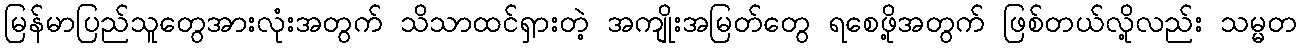
မြန်မာပြည်သူတွေအားလုံးအတွက် သိသာထင်ရှားတဲ့ အကျိုးအမြတ်တွေ ရစေဖို့အတွက် ဖြစ်တယ်လို့လည်း သမ္မတ